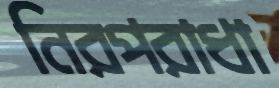
নিরপরাধা